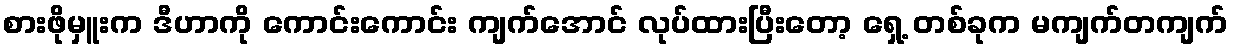
စားဖိုမှူးက ဒီဟာကို ကောင်းကောင်း ကျက်အောင် လုပ်ထားပြီးတော့ ရှေ့ တစ်ခုက မကျက်တကျက်